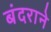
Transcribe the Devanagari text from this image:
बंदराने